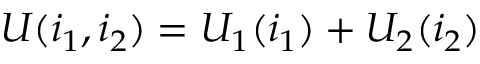
U ( i _ { 1 } , i _ { 2 } ) = U _ { 1 } ( i _ { 1 } ) + U _ { 2 } ( i _ { 2 } )